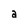
Character: a